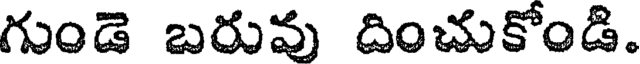
గుండె బరువు దించుకోండి.